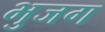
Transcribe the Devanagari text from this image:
भुजग